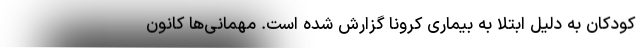
کودکان به دلیل ابتلا به بیماری کرونا گزارش شده است. مهمانی‌ها کانون